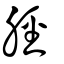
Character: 脛